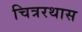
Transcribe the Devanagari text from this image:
चित्ररथास